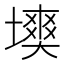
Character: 𡑽